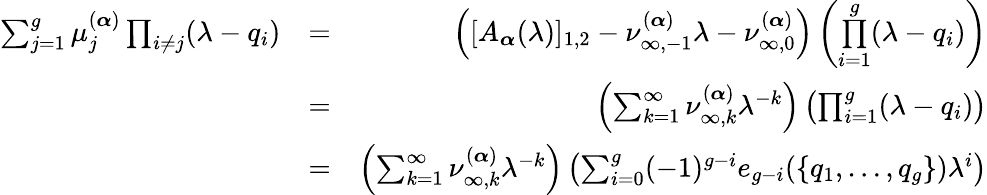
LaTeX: \begin{array}{rlr}{\sum_{j=1}^{g}\mu_{j}^{(\boldsymbol{\alpha})}\prod_{i\neq j}(\lambda-q_{i})}&{=}&{\left([A_{\boldsymbol{\alpha}}(\lambda)]_{1,2}-\nu_{\infty,-1}^{(\boldsymbol{\alpha})}\lambda-\nu_{\infty,0}^{(\boldsymbol{\alpha})}\right)\left(\underset{i=1}{\overset{g}{\prod}}(\lambda-q_{i})\right)}\\ &{=}&{\left(\sum_{k=1}^{\infty}\nu_{\infty,k}^{(\boldsymbol{\alpha})}\lambda^{-k}\right)\left(\prod_{i=1}^{g}(\lambda-q_{i})\right)}\\ &{=}&{\left(\sum_{k=1}^{\infty}\nu_{\infty,k}^{(\boldsymbol{\alpha})}\lambda^{-k}\right)\left(\sum_{i=0}^{g}(-1)^{g-i}e_{g-i}(\{ q_{1},\dots,q_{g}\} )\lambda^{i}\right)}\end{array}